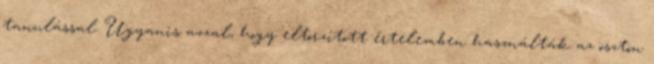
tanulással. Ugyanis azzal, hogy eltorzított értelemben használták az ösztön